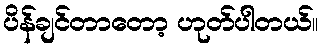
ပိန်ချင်တာတော့ ဟုတ်ပါတယ်။